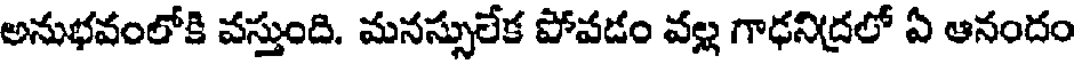
అనుభవంలోకి వస్తుంది. మనస్సులేక పోవడం వల్ల గాఢనిద్రలో ఏ ఆనందం